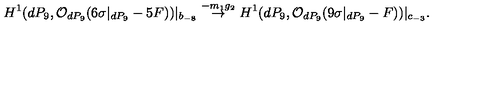
H ^ { 1 } ( d P _ { 9 } , { \cal O } _ { d P _ { 9 } } ( 6 \sigma | _ { d P _ { 9 } } - 5 F ) ) | _ { b _ { - 8 } } \stackrel { - m _ { 1 } g _ { 2 } } { \rightarrow } H ^ { 1 } ( d P _ { 9 } , { \cal O } _ { d P _ { 9 } } ( 9 \sigma | _ { d P _ { 9 } } - F ) ) | _ { c _ { - 3 } } .